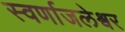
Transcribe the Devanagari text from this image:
स्वर्णाजलेश्वर